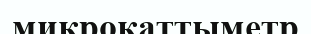
микроқаттыметр